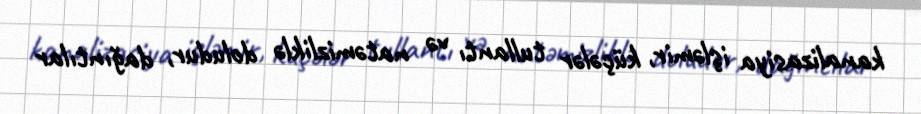
kanalizasiya işləmir, küçələr tullantı və natəmizliklə doludur, dağıntılar